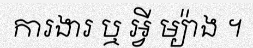
ការងារ ឬ អ្វី ម្យ៉ាង ។